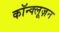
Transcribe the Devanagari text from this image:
कॉन्क्लूज़न